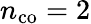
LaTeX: n_{\mathrm{co}}=2